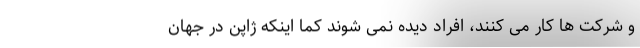
و شرکت ها کار می کنند، افراد دیده نمی شوند کما اینکه ژاپن در جهان